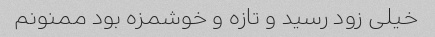
خیلی زود رسید و تازه و خوشمزه بود ممنونم